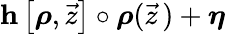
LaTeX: \mathbf{h}\left[\boldsymbol{\rho},\vec{z}\right]\circ\boldsymbol{\rho}(\vec{z}\, )+\boldsymbol{\eta}